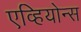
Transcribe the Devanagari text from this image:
एव्हियोन्स